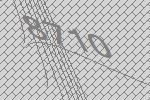
8710